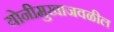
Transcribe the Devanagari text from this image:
योनीमुखाजवळील